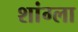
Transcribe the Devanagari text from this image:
शांग्ला